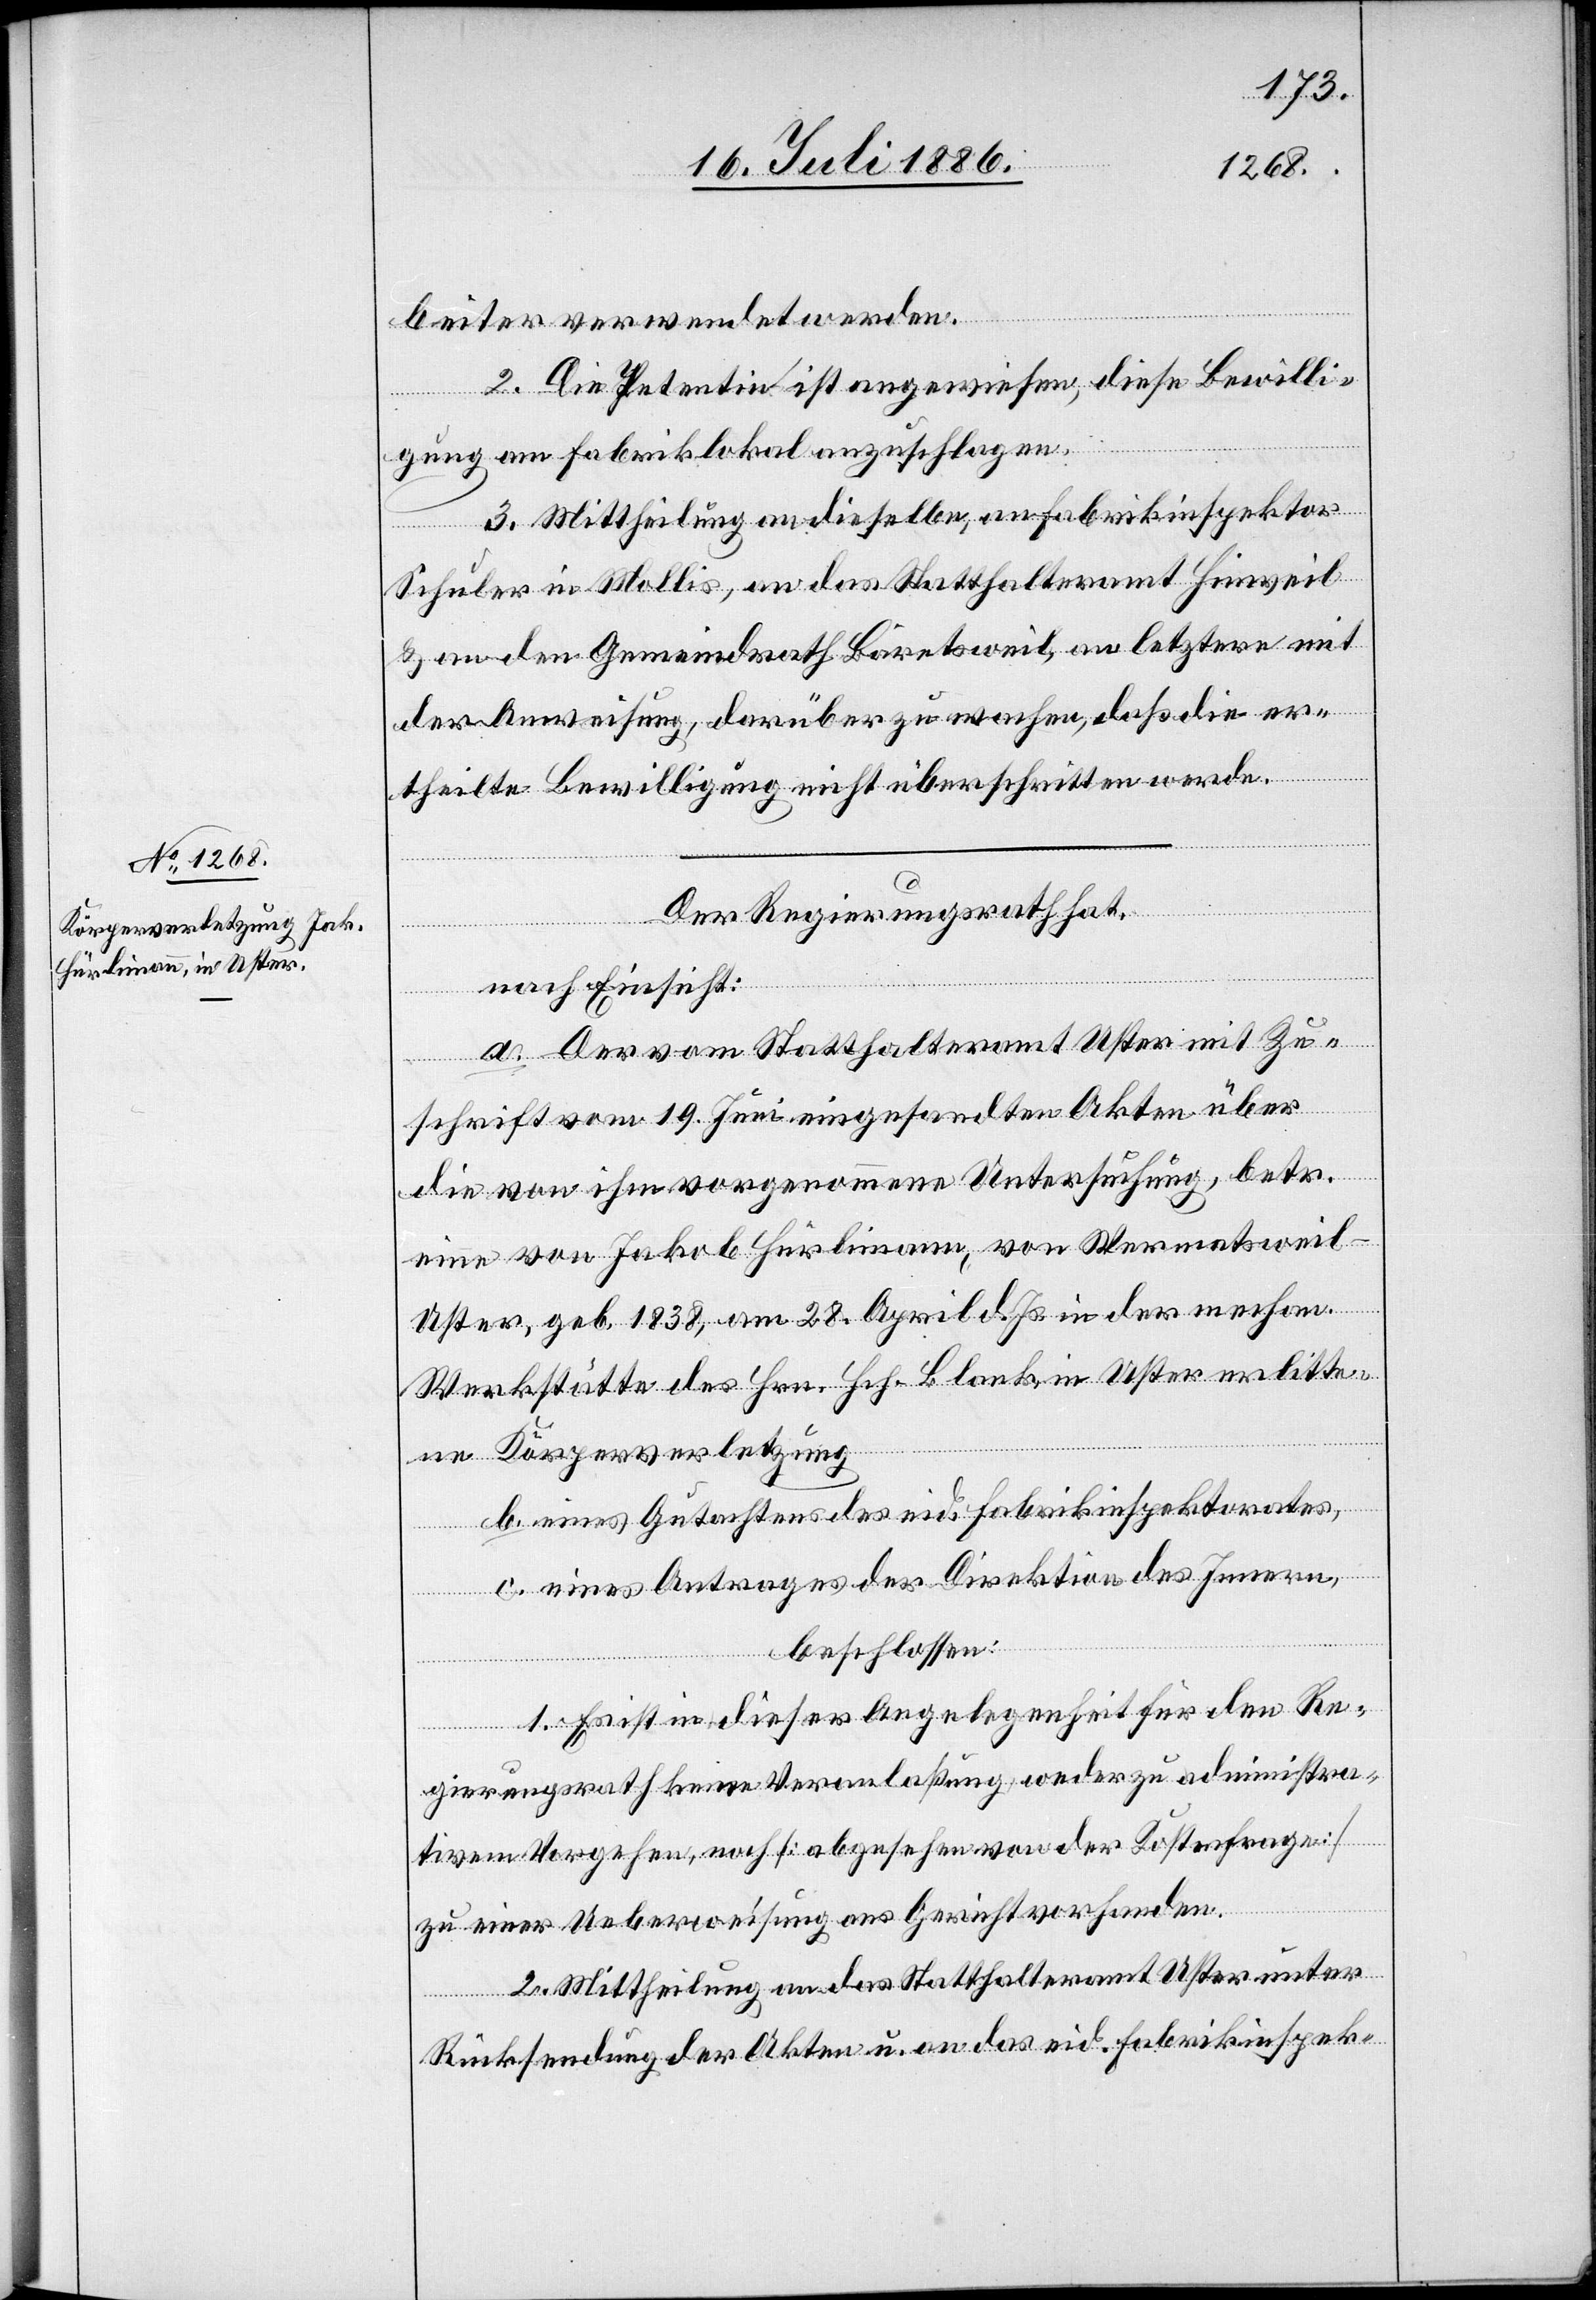
beiter verwendet werden.
2. Die Petentin ist angewiesen, diese Bewilli¬
gung am Fabriklokal anzuschlagen.
3. Mittheilung an dieselbe, an Fabrikinspektor
Schuler, in Mollis, an das Statthalteramt Hinweil
& an den Gemeindrath Bäretsweil, an letztere mit
der Anweisung, darüber zu wachen, daß die er¬
theilte Bewilligung nicht überschritten werde.
Der Regierungsrath hat,
nach Einsicht:
a. Der vom Statthalteramt Uster mit Zu¬
schrift vom 19. Juni eingesandten Akten über
die von ihm vorgenommene Untersuchung, betr.
eine von Jakob Hürlimann, von Wermatsweil
Uster, geb. 1838, am 28. April d. Js. in der mechan.
Werkstätte des Hrn. Hch. Blank, in Uster erlitte¬
ne Körperverletzung
b. eines Gutachtens des eid. Fabrikinspektorates,
c. eines Antrages der Direktion des Innern,
beschlossen:
1. Es ist in dieser Angelegenheit für den Re¬
gierungsrath keine Veranlaßung, weder zu administra¬
tivem Vorgehen, noch [abgesehen von der Kostenfrage]
zu einer Ueberweisung ans Gericht vorhanden.
2. Mittheilung an das Statthalteramt Uster unter
Rücksendung der Akten u. an das eid. Fabrikinspek-